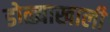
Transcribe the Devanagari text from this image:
डोळ्याखाली